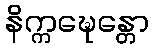
နိက္ကဍ္ဎေန္တော